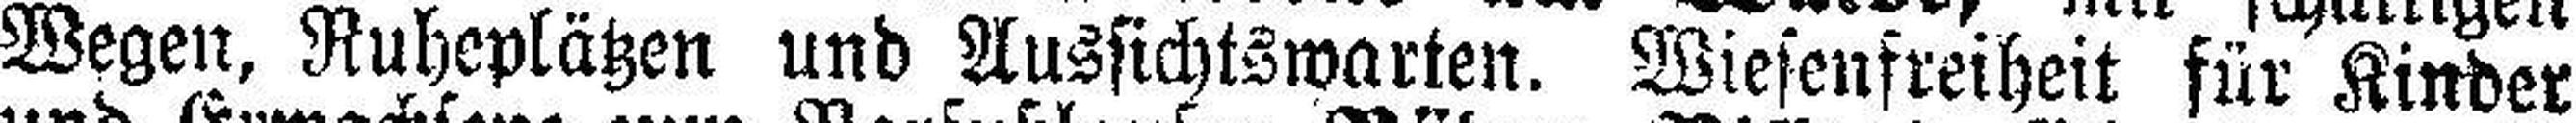
Wegen, Ruheplätzen und Aussichtswarten. Wiesenfreiheit für Kinder